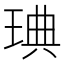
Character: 琠